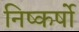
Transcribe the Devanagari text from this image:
निष्कर्षो